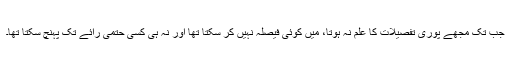
جب تک مجھے پوری تفصیلات کا علم نہ ہوتا، میں کوئی فیصلہ نہیں کر سکتا تھا اور نہ ہی کسی حتمی رائے تک پہنچ سکتا تھا۔